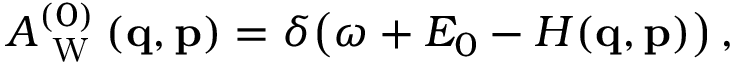
\begin{array} { r } { A _ { \mathrm { ~ W ~ } } ^ { ( 0 ) } ( \ensuremath { \mathbf { q } } , \ensuremath { \mathbf { p } } ) = \delta \! \left( \omega + E _ { 0 } - H ( \ensuremath { \mathbf { q } } , \ensuremath { \mathbf { p } } ) \right) , } \end{array}